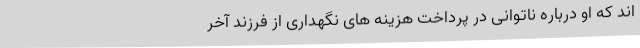
اند که او درباره ناتوانی در پرداخت هزینه های نگهداری از فرزند آخر